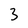
Character: 3